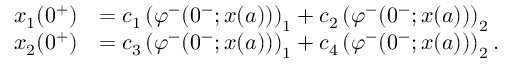
\begin{array} { r l } { x _ { 1 } ( 0 ^ { + } ) } & { = c _ { 1 } \left( \varphi ^ { - } ( 0 ^ { - } ; x ( a ) ) \right) _ { 1 } + c _ { 2 } \left( \varphi ^ { - } ( 0 ^ { - } ; x ( a ) ) \right) _ { 2 } } \\ { x _ { 2 } ( 0 ^ { + } ) } & { = c _ { 3 } \left( \varphi ^ { - } ( 0 ^ { - } ; x ( a ) ) \right) _ { 1 } + c _ { 4 } \left( \varphi ^ { - } ( 0 ^ { - } ; x ( a ) ) \right) _ { 2 } . } \end{array}